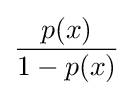
{\frac {p(x)}{1-p(x)}}